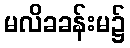
မလိခခန်းမ၌